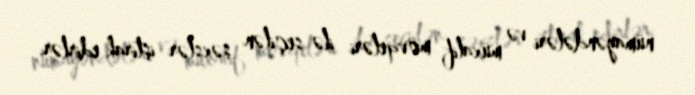
nümayəndələri və müxalif mövqeləri ilə seçilən şəxslər iştirak edirlər.